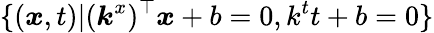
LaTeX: \{ (\boldsymbol{x},t)|(\boldsymbol{k}^{x})^{\top}\boldsymbol{x}+b=0,k^{t}t+b=0\}